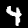
Label: 4